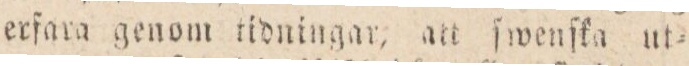
erfara genom tidningar, att ſwenſka ut=